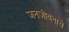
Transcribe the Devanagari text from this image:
जनजीवनाचे